system: You are a helpful assistant.
user:
Analyze the provided spectrum to determine if it is a **Carbon Star (C-type)**.

- **Key Visual Indicators of Carbon Star:**
    - **(Primary):** Strong molecular absorption from **C₂ (diatomic carbon) "Swan Bands."** This is the **defining feature** of a carbon star.
        - **(Key Bandheads):** Sharp absorption edges are visible at approximately $5635$ Å, $5165$ Å (the strongest band), and $4737$ Å.
        - **(Line Profile):** Creates a distinct **"saw-tooth"** pattern. The key morphology is a sharp, steep bandhead on the **red (long-wavelength) side**, which then gradually tapers off (i.e., flux recovers) towards the **blue (short-wavelength) side**. *(This is the direct opposite of the TiO bands seen in M-type stars)*.

    - **(Secondary):** Intense **CN (cyanogen)** molecular absorption bands.
        - **(Key Bandheads):** Located in the blue and violet regions of the spectrum (e.g., near $4215$ Å and $3883$ Å).
        - **(Morphology):** These bands are extremely broad and act as a "blanket," absorbing the vast majority of blue and violet light. This creates a characteristic **"cliff"** or **"steep drop-off"** in the spectrum's flux at short wavelengths.

    - **(Key Confirmation):** Strong **CH absorption band (G-band)**.
        - **(Key Bandhead):** Located around $4300$ Å. The contribution from CH molecules to this band is exceptionally strong.

    - **(Overall Spectrum):**
        - The continuum is severely "chopped up" by these deep molecular bands, especially C₂, rather than appearing as a smooth curve.
        - Due to the heavy CN and C₂ absorption in the blue-green, the vast majority of the star's flux is concentrated in the red part of the spectrum, giving the star its characteristic deep red color.

Think first, call **spectral_visualization_tool** if needed to examine features in detail, then provide your final answer. Your response must adhere to the following strict rules:
1.  **Overall Structure:** Your response must follow the format `<think>...</think> <tool_call>...</tool_call> (if a tool is used) <answer>...</answer>`.
2.  **Tool Usage Constraint:** You may only make **one** tool call per turn.
3.  **Final Answer Format:** In the `<answer>` tag, your conclusion must be inside a `\boxed{}` command (e.g., `\boxed{YES}`), followed by your justification.

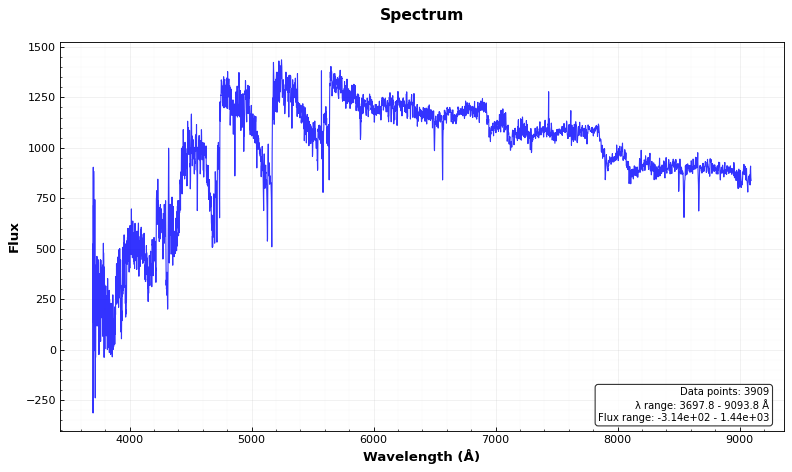
Answer: YES